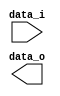
// Author:

module Shift_Left_Two_32(
    data_i,
    data_o
    );

//I/O ports
input [32-1:0] data_i;
output [32-1:0] data_o;

endmodule